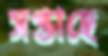
সপ্তাহে